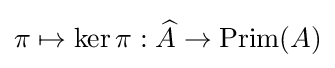
\pi \mapsto \ker \pi :{\widehat {A}}\to \operatorname {Prim} (A)